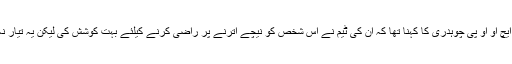
ایس ایچ او او پی چوہدری کا کہنا تھا کہ ان کی ٹیم نے اس شخص کو نیچے اترنے پر راضی کرنے کیلئے بہت کوشش کی لیکن یہ تیار نہ ہوا۔